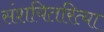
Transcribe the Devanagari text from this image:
संशयितरित्या